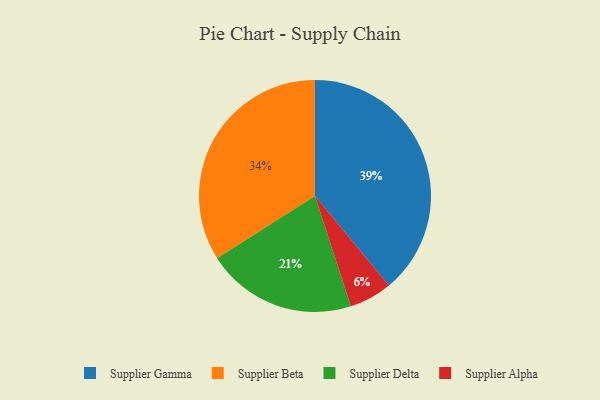
{"axis": {"x": "Category", "y": "Percentage"}, "legend": ["Supplier Alpha", "Supplier Beta", "Supplier Delta", "Supplier Gamma"], "data": [{"x": "Supplier Delta", "y": 21, "type": "Supplier Delta"}, {"x": "Supplier Alpha", "y": 6, "type": "Supplier Alpha"}, {"x": "Supplier Gamma", "y": 39, "type": "Supplier Gamma"}, {"x": "Supplier Beta", "y": 34, "type": "Supplier Beta"}]}